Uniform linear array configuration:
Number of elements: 16
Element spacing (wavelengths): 0.25
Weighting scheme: blackman
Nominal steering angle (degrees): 45
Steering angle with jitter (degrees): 44.824
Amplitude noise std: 0.05
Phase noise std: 0.05

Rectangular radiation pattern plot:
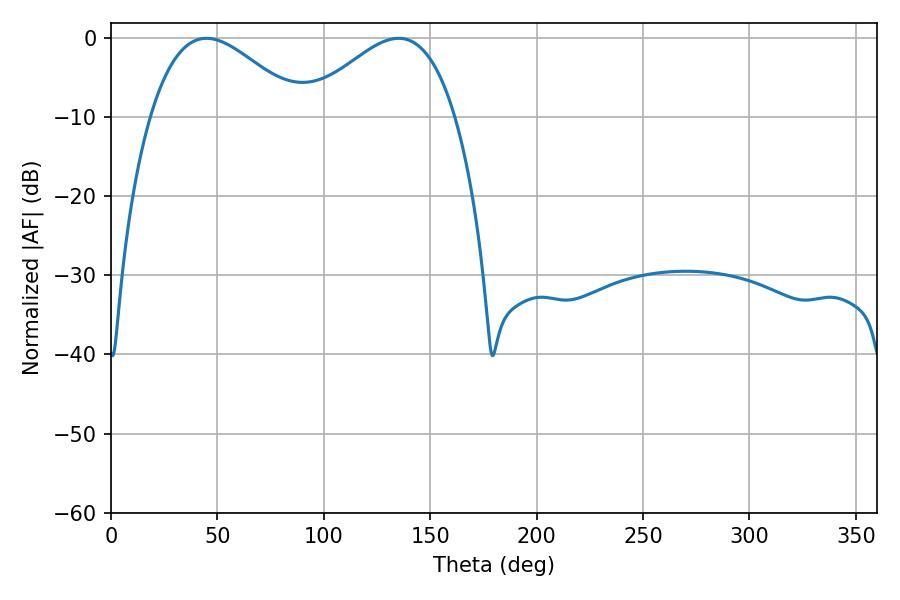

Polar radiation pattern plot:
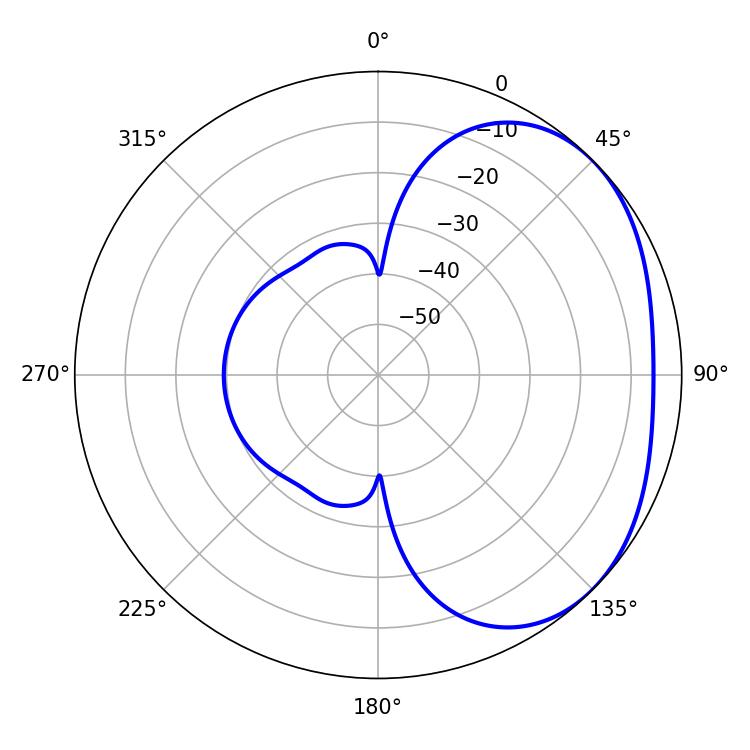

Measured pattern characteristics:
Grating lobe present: FALSE
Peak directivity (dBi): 2.637
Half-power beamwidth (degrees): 38.16
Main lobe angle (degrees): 44.82